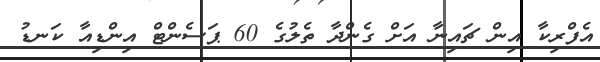
އެފްރިކާ އިން ޗައިނާ އަށް ގެންދާ ތެލުގެ 60 ޕަސެންޓް އިންޑިއާ ކަނޑު